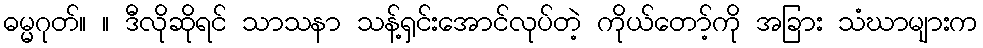
ဓမ္မဂုတ်။ ။ ဒီလိုဆိုရင် သာသနာ သန့်ရှင်းအောင်လုပ်တဲ့ ကိုယ်တော့်ကို အခြား သံဃာများက